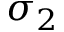
\sigma _ { 2 }